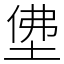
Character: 𡌅